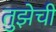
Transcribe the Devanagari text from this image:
तुझेची